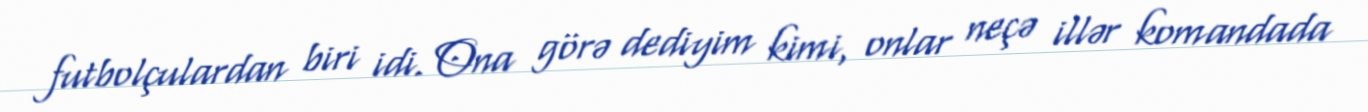
futbolçulardan biri idi. Ona görə dediyim kimi, onlar neçə illər komandada